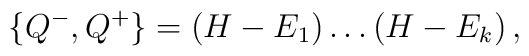
\{Q^-,Q^+\}=\left(H-E_1\right)\ldots\left(H-E_k\right),